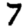
Digit: 7